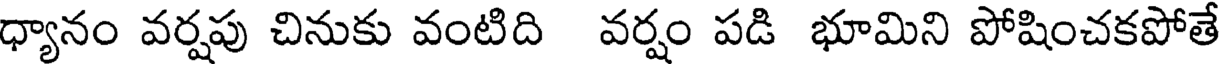
ధ్యానం వర్షపు చినుకు వంటిది వర్షం పడి భూమిని పోషించకపోతే